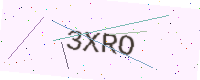
Text: 3XRO